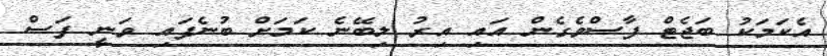
އެކަމަކު ބަޖެޓް ފާސްވެގެން އައި އިރު ލިބޭނެ ކަމަށް ބުނެފައި ވަނީ ފަސް